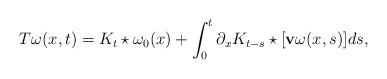
LaTeX: \begin{align*}T\omega(x,t)=K_t\star\omega_0(x)+\int_0^t\partial_x K_{t-s}\star[\mathbf{v} \omega(x,s)] ds,\end{align*}